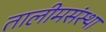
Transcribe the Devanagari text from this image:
तालीमसंस्था